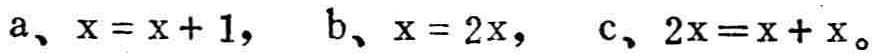
a、$x = x + 1$， b、$x = 2x$， c、$2x = x + x$。